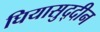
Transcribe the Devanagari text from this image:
घियासुद्दीन